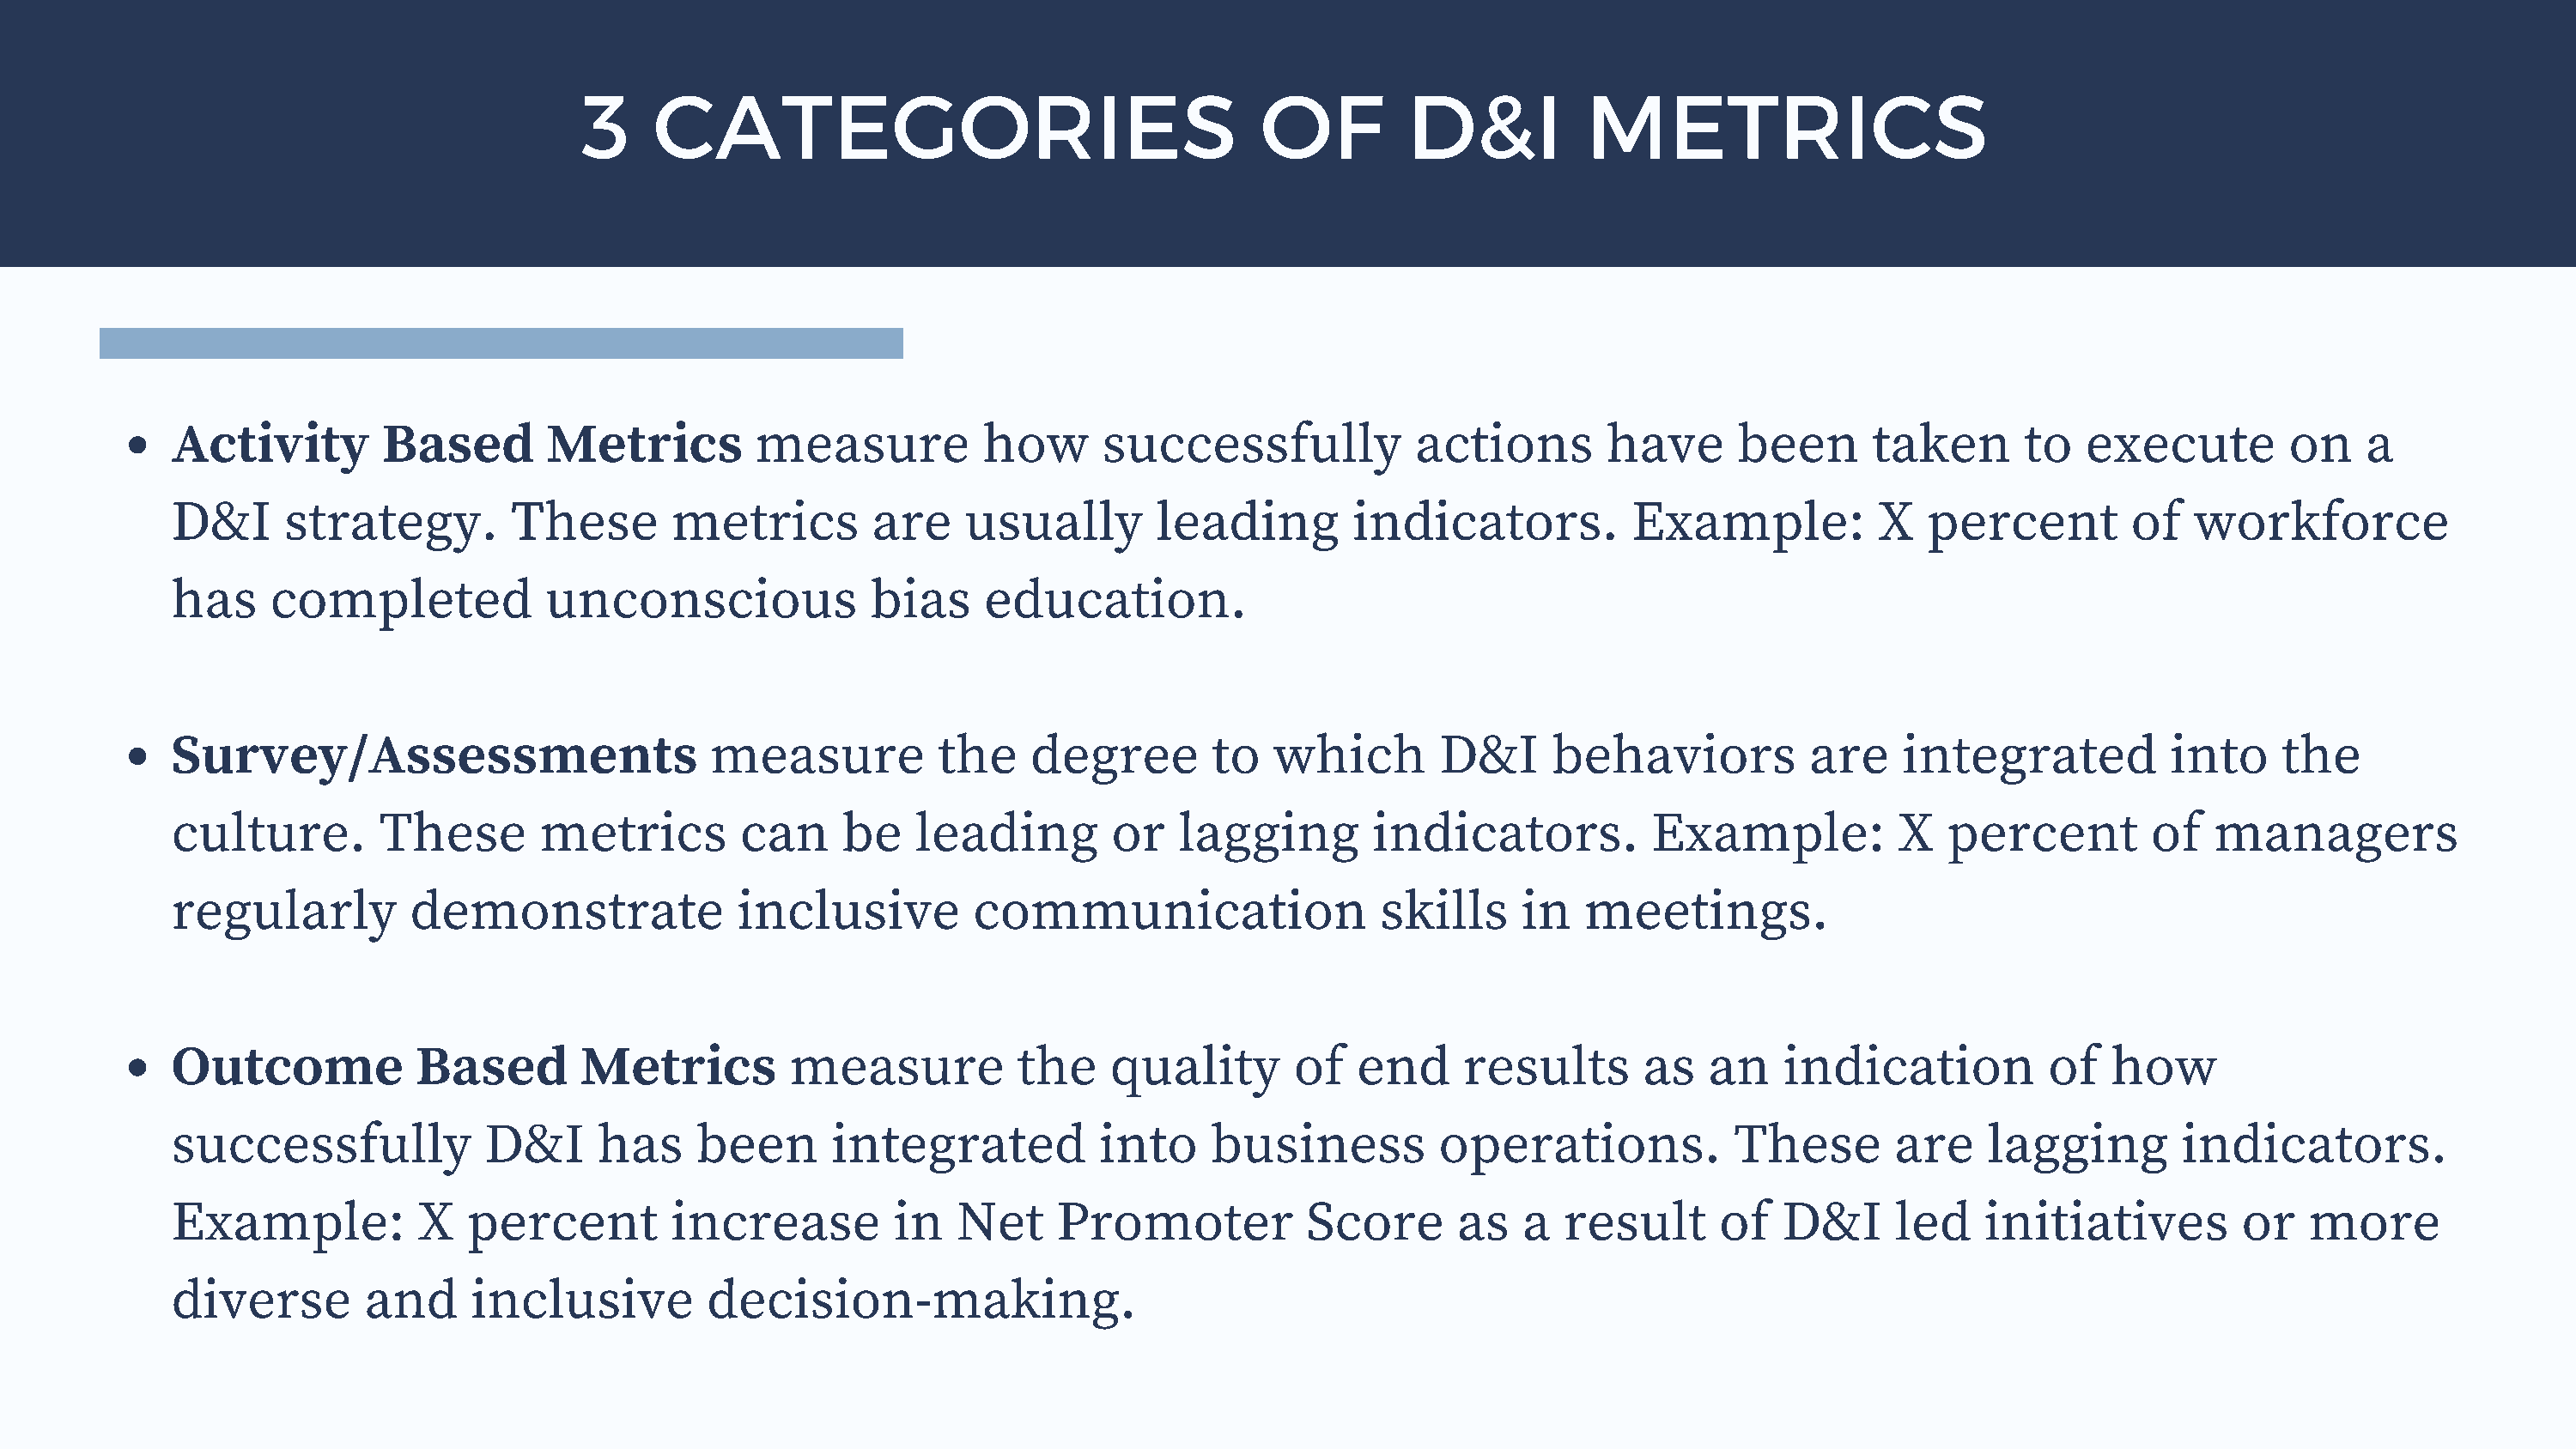
3    CATEGORIES                                     OF         D&I           METRICS
 Activity        Based        Metrics         measure           how      successfully            actions        have      been      taken       to   execute        on    a
 D&I      strategy.        These        metrics        are    usually        leading        indicators.           Example:           X   percent        of   workforce
 has     completed            unconscious              bias     education.
 Survey/Assessments                        measure          the    degree        to   which        D&I      behaviors          are     integrated          into     the
 culture.        These        metrics        can     be    leading        or   lagging        indicators.          Example:           X   percent         of   managers
 regularly          demonstrate              inclusive         communication                  skills     in   meetings.
 Outcome            Based        Metrics         measure          the     quality       of   end     results       as   an   indication           of   how
 successfully            D&I      has     been      integrated           into    business          operations.            These       are    lagging        indicators.
 Example:           X   percent         increase         in   Net    Promoter            Score      as   a   result      of  D&I      led    initiatives         or   more
 diverse        and     inclusive         decision-making.